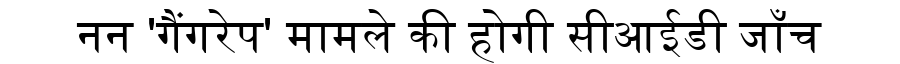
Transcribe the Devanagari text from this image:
नन 'गैंगरेप' मामले की होगी सीआईडी जाँच